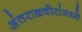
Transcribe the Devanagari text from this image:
अंतराळवीरांमध्ये